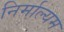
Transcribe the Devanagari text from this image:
निर्माल्यम